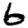
Digit: 6